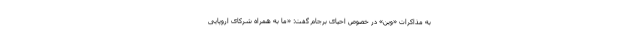
به مذاکرات «وین» در خصوص احیای برجام گفت: «ما به همراه شرکای اروپایی